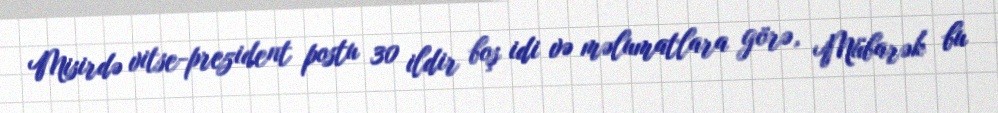
Misirdə vitse-prezident postu 30 ildir boş idi və məlumatlara görə, Mübarək bu